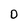
Character: D